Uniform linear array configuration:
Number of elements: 4
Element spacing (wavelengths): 0.25
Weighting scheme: uniform
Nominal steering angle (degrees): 45
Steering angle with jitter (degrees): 44.15
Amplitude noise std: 0.05
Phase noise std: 0.05

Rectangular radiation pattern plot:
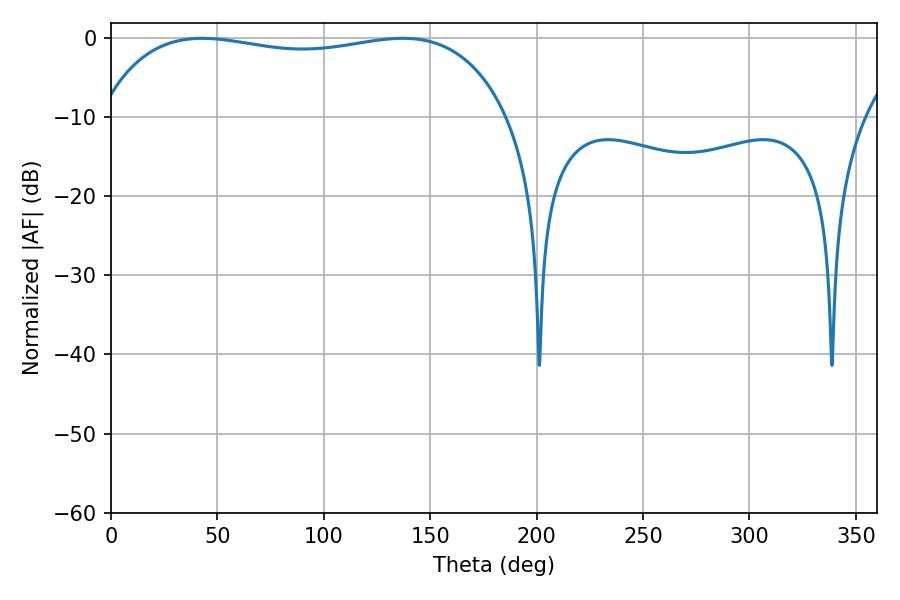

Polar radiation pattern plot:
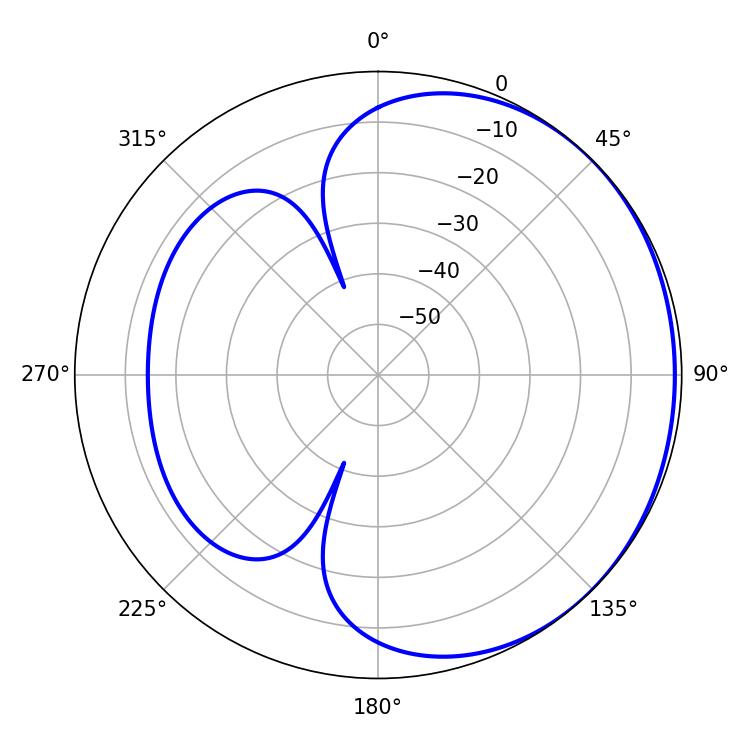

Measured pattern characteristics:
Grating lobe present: FALSE
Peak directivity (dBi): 0.9557
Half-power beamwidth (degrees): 155.16
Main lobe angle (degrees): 42.84